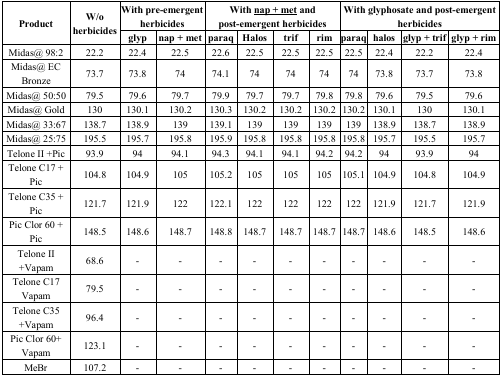
<table><thead><tr><td rowspan="2"><b>Product</b></td><td rowspan="2"><b>W/o herbicides</b></td><td colspan="2"><b>With pre-emergent herbicides</b></td><td colspan="4"><b>With <underline>nap + met</underline> and post-emergent herbicides</b></td><td colspan="4"><b>With glyphosate and post-emergent herbicides</b></td></tr><tr><td><b>glyp</b></td><td><b>nap + met</b></td><td><b>paraq</b></td><td><b>Halos</b></td><td><b>trif</b></td><td><b>rim</b></td><td><b>paraq</b></td><td><b>halos</b></td><td><b>glyp + trif</b></td><td><b>glyp + rim</b></td></tr></thead><tbody><tr><td>Midas@ 98:2</td><td>22.2</td><td>22.4</td><td>22.5</td><td>22.6</td><td>22.5</td><td>22.5</td><td>22.5</td><td>22.5</td><td>22.4</td><td>22.2</td><td>22.4</td></tr><tr><td>Midas@ EC Bronze</td><td>73.7</td><td>73.8</td><td>74</td><td>74.1</td><td>74</td><td>74</td><td>74</td><td>74</td><td>73.8</td><td>73.7</td><td>73.8</td></tr><tr><td>Midas@ 50:50</td><td>79.5</td><td>79.6</td><td>79.7</td><td>79.9</td><td>79.7</td><td>79.7</td><td>79.8</td><td>79.8</td><td>79.6</td><td>79.5</td><td>79.6</td></tr><tr><td>Midas@ Gold</td><td>130</td><td>130.1</td><td>130.2</td><td>130.3</td><td>130.2</td><td>130.2</td><td>130.2</td><td>130.2</td><td>130.1</td><td>130</td><td>130.1</td></tr><tr><td>Midas@ 33:67</td><td>138.7</td><td>138.9</td><td>139</td><td>139.1</td><td>139</td><td>139</td><td>139</td><td>139</td><td>138.9</td><td>138.7</td><td>138.9</td></tr><tr><td>Midas@ 25:75</td><td>195.5</td><td>195.7</td><td>195.8</td><td>195.9</td><td>195.8</td><td>195.8</td><td>195.8</td><td>195.8</td><td>195.7</td><td>195.5</td><td>195.7</td></tr><tr><td>Telone II +Pic</td><td>93.9</td><td>94</td><td>94.1</td><td>94.3</td><td>94.1</td><td>94.1</td><td>94.2</td><td>94.2</td><td>94</td><td>93.9</td><td>94</td></tr><tr><td>Telone C17 + Pic</td><td>104.8</td><td>104.9</td><td>105</td><td>105.2</td><td>105</td><td>105</td><td>105</td><td>105.1</td><td>104.9</td><td>104.8</td><td>104.9</td></tr><tr><td>Telone C35 + Pic</td><td>121.7</td><td>121.9</td><td>122</td><td>122.1</td><td>122</td><td>122</td><td>122</td><td>122</td><td>121.9</td><td>121.7</td><td>121.9</td></tr><tr><td>Pic Clor 60 + Pic</td><td>148.5</td><td>148.6</td><td>148.7</td><td>148.8</td><td>148.7</td><td>148.7</td><td>148.7</td><td>148.7</td><td>148.6</td><td>148.5</td><td>148.6</td></tr><tr><td>Telone II +Vapam</td><td>68.6</td><td>-</td><td>-</td><td>-</td><td>-</td><td>-</td><td>-</td><td>-</td><td>-</td><td>-</td><td>-</td></tr><tr><td>Telone C17 Vapam</td><td>79.5</td><td>-</td><td>-</td><td>-</td><td>-</td><td>-</td><td>-</td><td>-</td><td>-</td><td>-</td><td>-</td></tr><tr><td>Telone C35 +Vapam</td><td>96.4</td><td>-</td><td>-</td><td>-</td><td>-</td><td>-</td><td>-</td><td>-</td><td>-</td><td>-</td><td>-</td></tr><tr><td>Pic Clor 60+ Vapam</td><td>123.1</td><td>-</td><td>-</td><td>-</td><td>-</td><td>-</td><td>-</td><td>-</td><td>-</td><td>-</td><td>-</td></tr><tr><td>MeBr</td><td>107.2</td><td>-</td><td>-</td><td>-</td><td>-</td><td>-</td><td>-</td><td>-</td><td>-</td><td>-</td><td>-</td></tr></tbody></table>